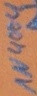
Text: 1N4004